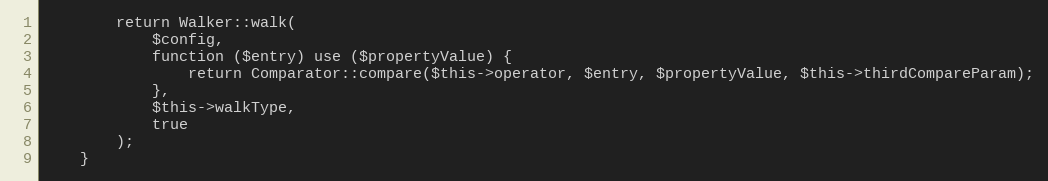
Language: PHP
        return Walker::walk(
            $config,
            function ($entry) use ($propertyValue) {
                return Comparator::compare($this->operator, $entry, $propertyValue, $this->thirdCompareParam);
            },
            $this->walkType,
            true
        );
    }